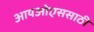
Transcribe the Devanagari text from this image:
आयओएससाठी